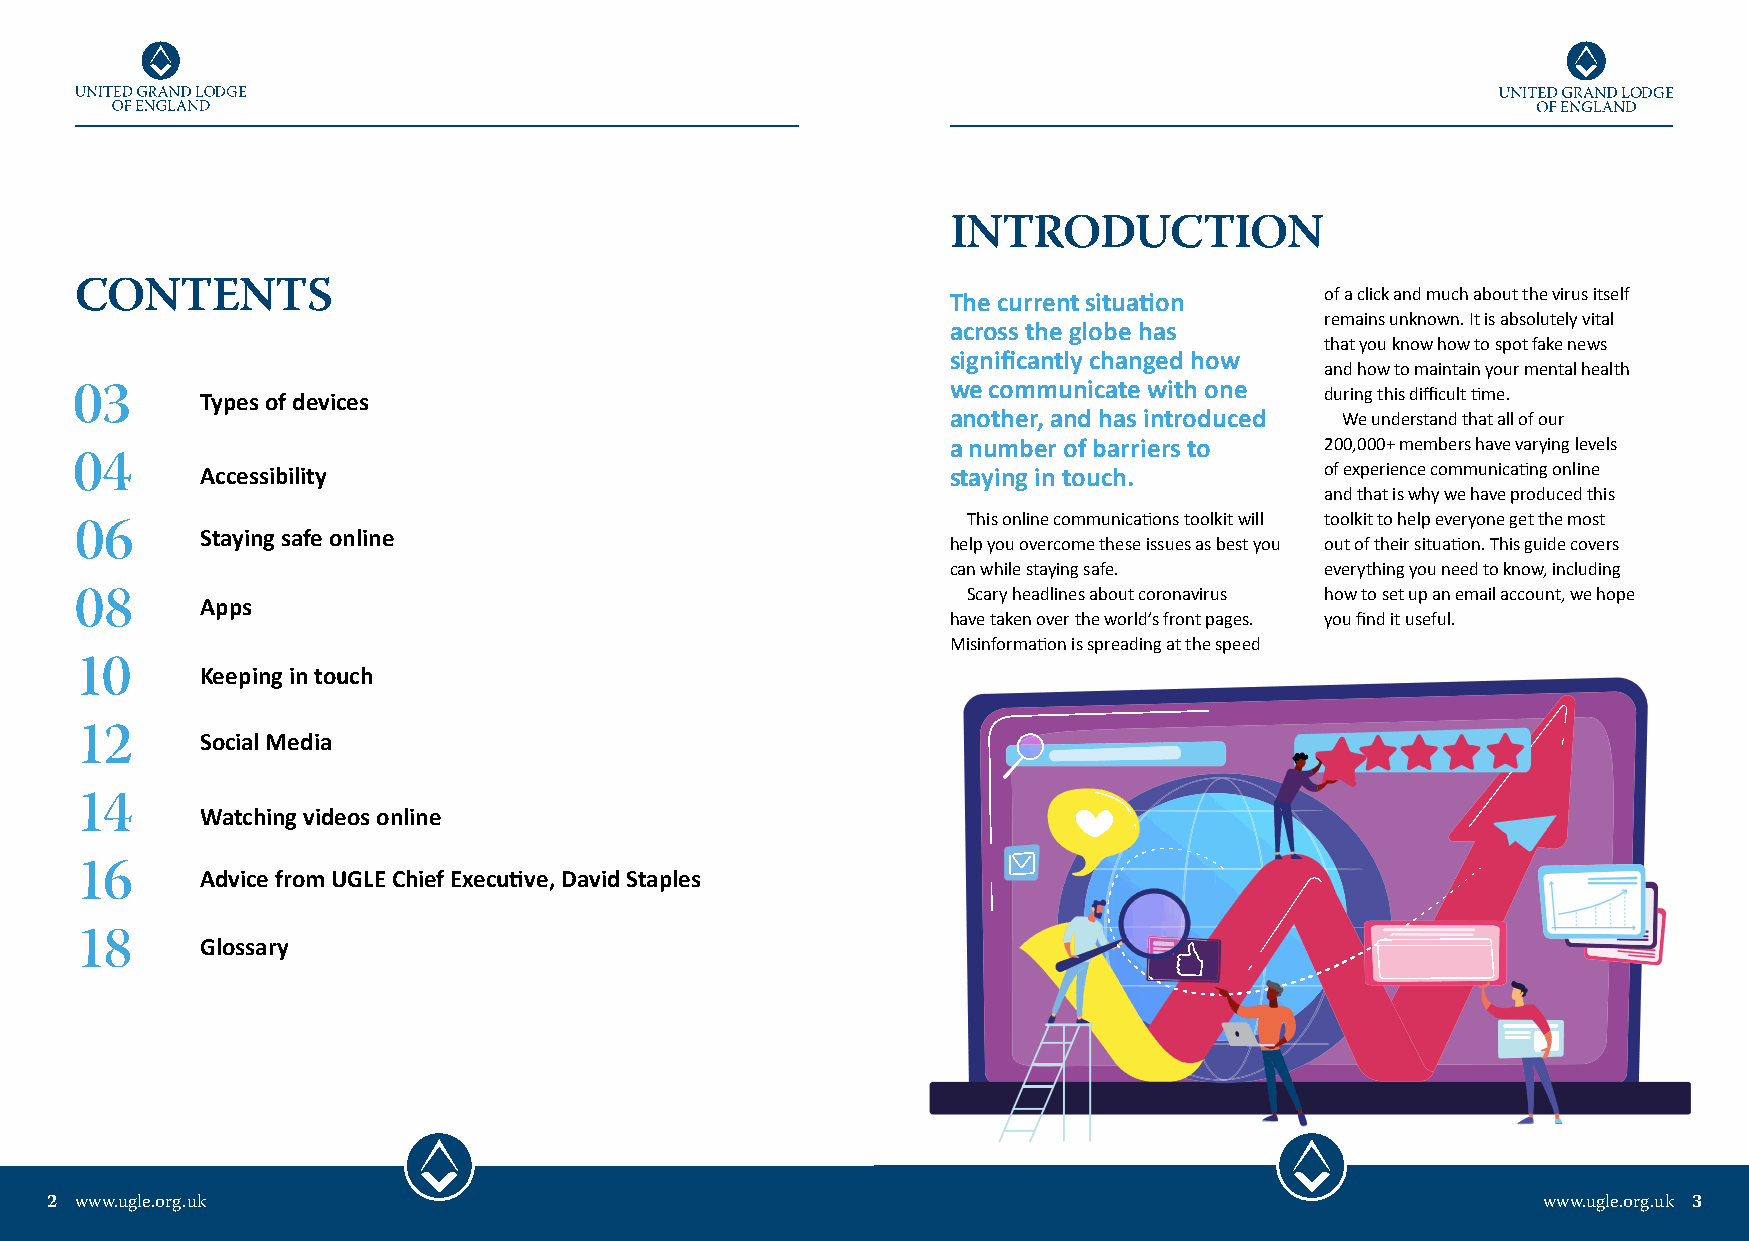
INTRODUCTION
 CONTENTS                                                  The current situation    of a click and much about the virus itself
 remains unknown. It is absolutely vital
 across the globe has
 that you know how to spot fake news
 significantly changed how
 and how to maintain your mental health
 we communicate with one
 03      Types of devices                                                           during this difficult time.
 another, and has introduced We understand that all of our
 a number of barriers to  200,000+ members have varying levels
 04      Accessibility                                     staying in touch.        of experience communicating online
 and that is why we have produced this
 This online communications toolkit will toolkit to help everyone get the most
 06      Staying safe online                               help you overcome these issues as best you out of their situation. This guide covers
 can while staying safe.  everything you need to know, including
 Scary headlines about coronavirus how to set up an email account, we hope
 08      Apps
 have taken over the world’s front pages. you find it useful.
 Misinformation is spreading at the speed
 10      Keeping in touch
 12      Social Media
 14      Watching videos online
 16      Advice from UGLE Chief Executive, David Staples
 18      Glossary
 2 www.ugle.org.uk                                                                                  www.ugle.org.uk 3